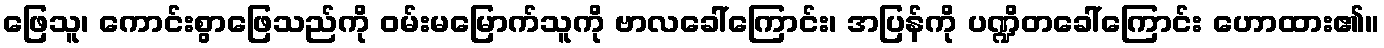
ဖြေသူ၊ ကောင်းစွာဖြေသည်ကို ဝမ်းမမြောက်သူကို ဗာလခေါ်ကြောင်း၊ အပြန်ကို ပဏ္ဍိတခေါ်ကြောင်း ဟောထား၏။